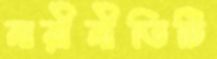
নারীনীতিটি